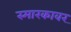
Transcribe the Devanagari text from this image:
स्मारकावर